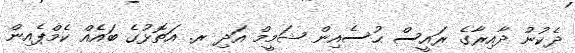
ދެކުނު ދާއިރާގެ ރައީސް ޙުސެއިން ޝަމީމް އަދި ރ. އަތޮޅުގެ ބައެއް ކެމްޕެއިން